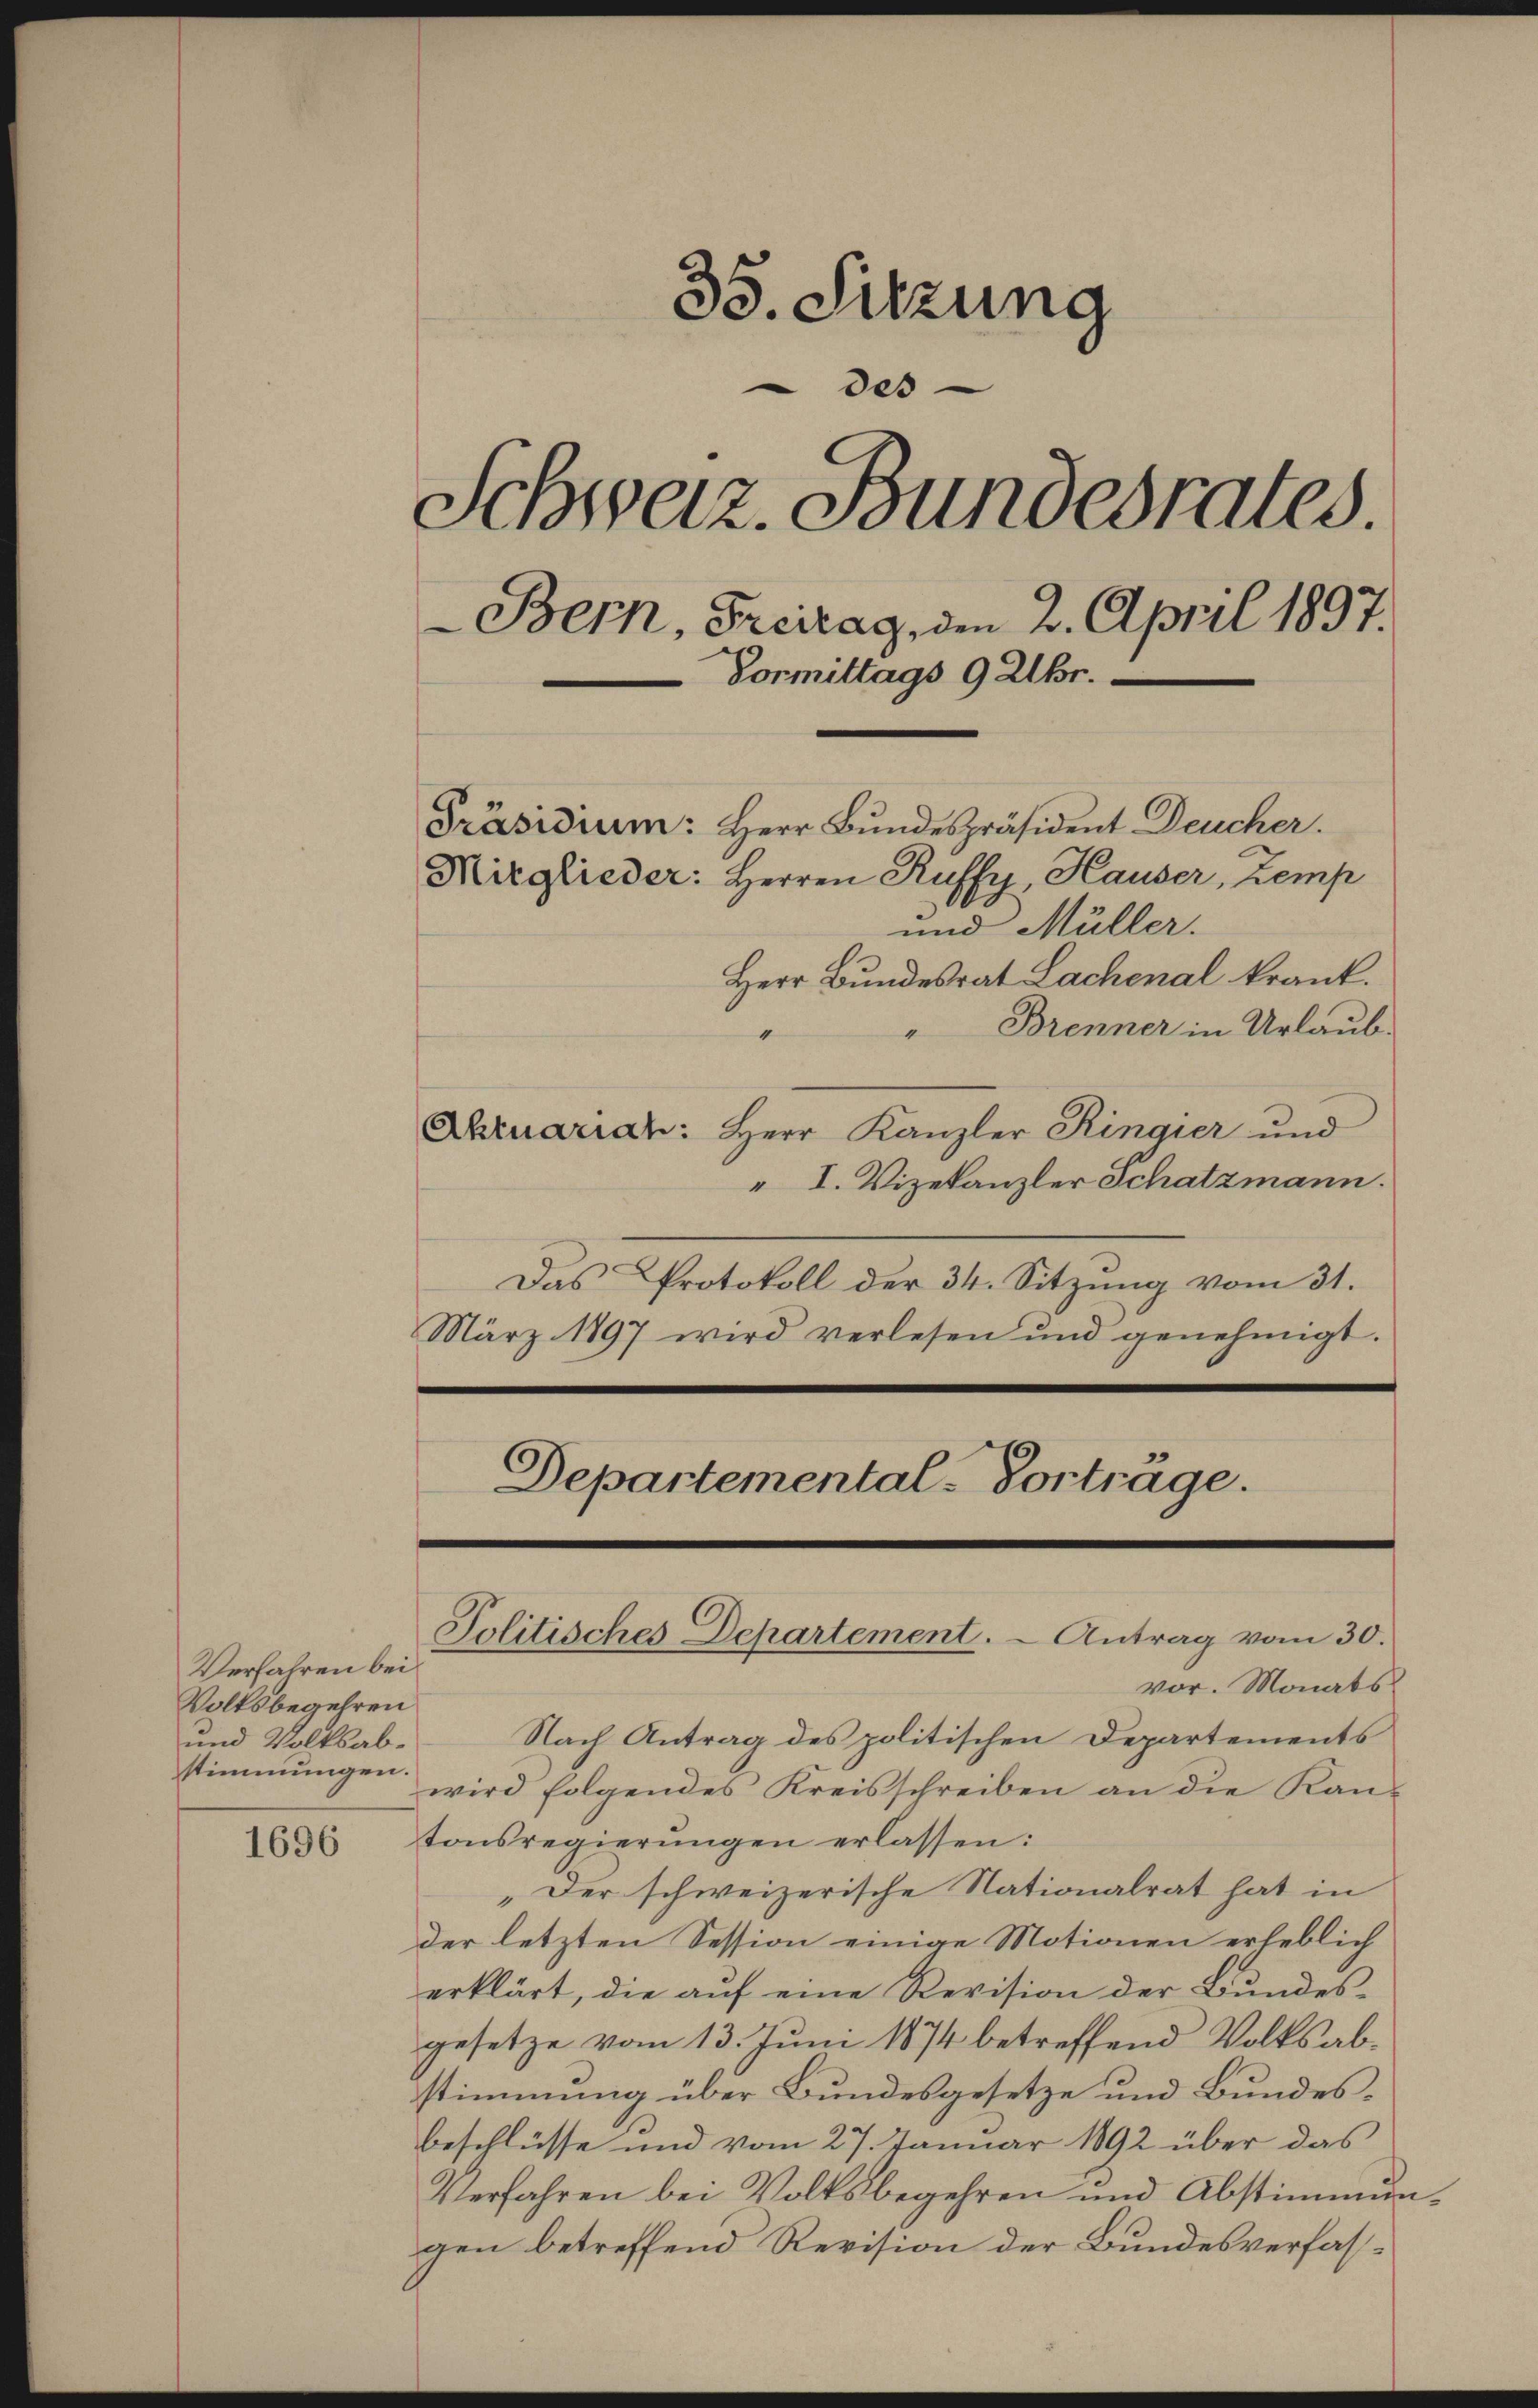
Verfahren bei
Volksbegehren
und Volksabstimmungen.

1696

35. Sitzung
des
Schweiz. Bundesrates.
Bern, Freitag, den 2. April 1897.
Vormittags 9 Uhr.
Präsidium: Herr Bŭndespräsident Deucher.
Mitglieder: Herren Ruffy, Hauser, Zemp
und Müller.
Herr Bundesrat Lachenal krank.

Brenner in Urlaub.
Abruariar: Herr Kanzler Ringier und
" I. Vizekanzler Schatzmann.
Das Protokoll der 34. Sitzung vom 31.
März 1897 wird verlesen und genehmigt.

vor. Monats
Nach Antrag des politischen Departements
wird folgendes Kreisschreiben an die Kantonsregierungen erlassen:
„Der schweizerische Nationalrat hat in
der letzten Session einige Motionen erheblich
erklärt, die aŭf eine Revision der Bundes-
gesetze vom 13. Juni 1874 betreffend Volksabstimmung über Bundesgesetze und Bundesbeschlüsse und vom 27. Januar 1892 über das
Verfahren bei Volksbegehren und Abstimmungen betreffend Revision der Bundesverfas¬

Departemental-Vortrage.
Jolitisches Departement. - Antrag vom 30.